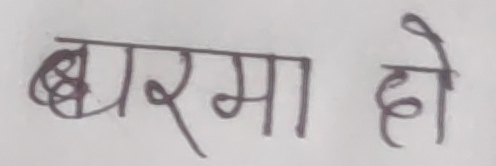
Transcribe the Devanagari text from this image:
बर्मा हो